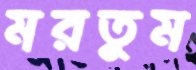
মরতুম